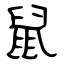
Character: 鼠